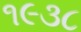
૧૯૩૮